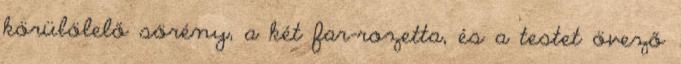
körülölelő sörény, a két far-rozetta, és a testet övező